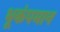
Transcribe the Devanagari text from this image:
भूकंपमान